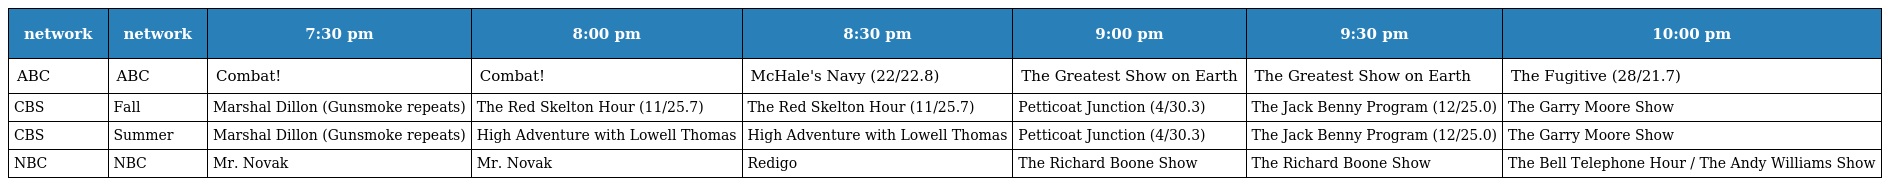
| network | network | 7:30 pm | 8:00 pm | 8:30 pm | 9:00 pm | 9:30 pm | 10:00 pm |
 | --- | --- | --- | --- | --- | --- | --- | --- |
 | ABC | ABC | Combat! | Combat! | McHale's Navy (22/22.8) | The Greatest Show on Earth | The Greatest Show on Earth | The Fugitive (28/21.7) |
 | CBS | Fall | Marshal Dillon (Gunsmoke repeats) | The Red Skelton Hour (11/25.7) | The Red Skelton Hour (11/25.7) | Petticoat Junction (4/30.3) | The Jack Benny Program (12/25.0) | The Garry Moore Show |
 | CBS | Summer | Marshal Dillon (Gunsmoke repeats) | High Adventure with Lowell Thomas | High Adventure with Lowell Thomas | Petticoat Junction (4/30.3) | The Jack Benny Program (12/25.0) | The Garry Moore Show |
 | NBC | NBC | Mr. Novak | Mr. Novak | Redigo | The Richard Boone Show | The Richard Boone Show | The Bell Telephone Hour / The Andy Williams Show |